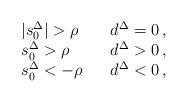
LaTeX: \begin{align*}\begin{array}{lll}|s^\Delta_0| > \rho & & d^\Delta = 0 \,, \\s^\Delta_0 > \rho & & d^\Delta > 0 \,, \\s^\Delta_0 <- \rho & & d^\Delta < 0 \,,\end{array}\end{align*}